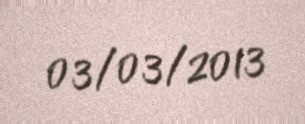
03/03/2013